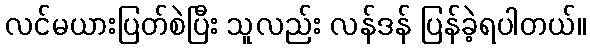
လင်မယားပြတ်စဲပြီး သူလည်း လန်ဒန် ပြန်ခဲ့ရပါတယ်။